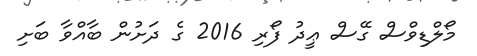
މޯލްޑިވްސް ގޭސް ޢީދު ފޯރި 2016 ގެ ދަށުން ބާއްވާ ބަށި